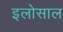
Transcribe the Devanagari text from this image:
इलोसाल